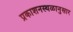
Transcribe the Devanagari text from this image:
प्रकाशनस्थळानुसार